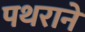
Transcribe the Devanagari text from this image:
पथराने